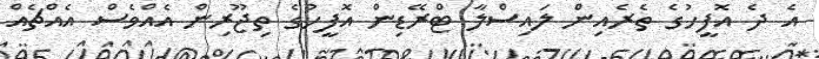
އެ ދެ އޮފީހުގެ ތެރެއިން ލައިސްލާ ޓްރޭޑިން އޮފީހުގެ ތިޖޫރިން އެއްވެސް އެއްޗެއް